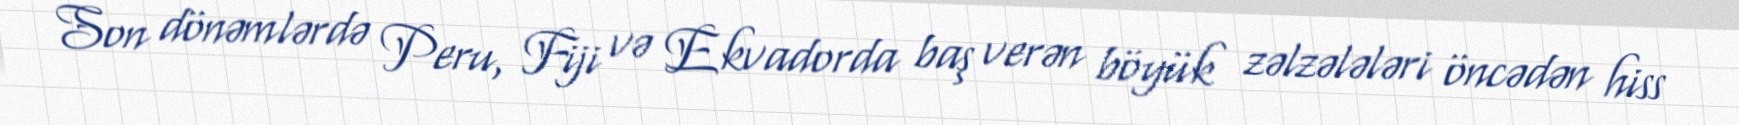
Son dönəmlərdə Peru, Fiji və Ekvadorda baş verən böyük zəlzələləri öncədən hiss